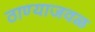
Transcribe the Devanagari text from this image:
ठाण्याजवळ